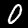
Digit: 0